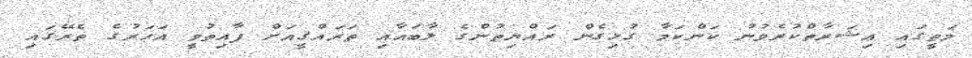
މަތީގައި ޢިޝަރާތްކުރެވުނު ކަންކަމާ ގުޅިގެން ރައްޔިތުންގެ ލާބައާއި ތަރައްޤީއަށް ފާއިތުވީ އަހަރުގެ ތެރޭގައި